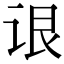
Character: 𬣳